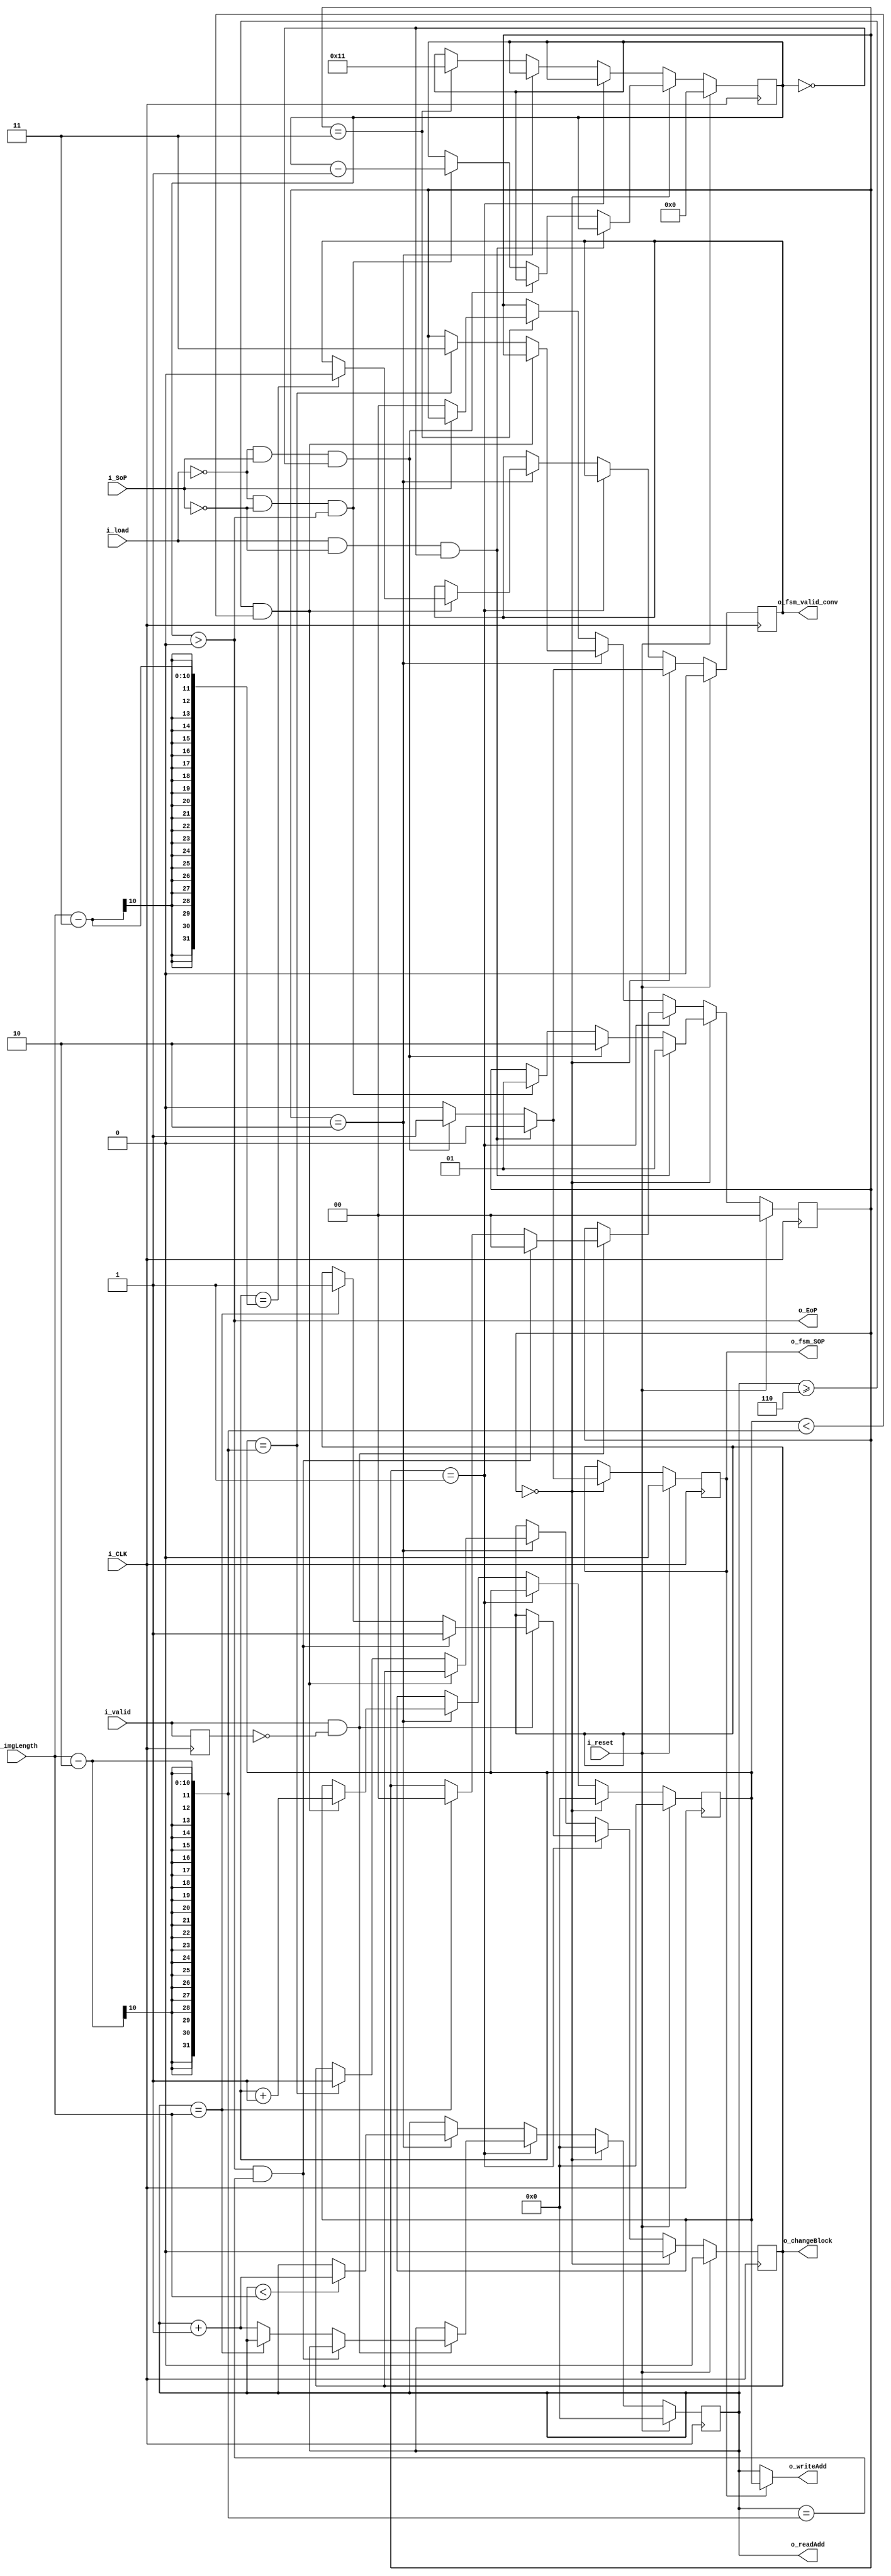
`timescale 1ns / 1ps

`define NB_ADDRESS      10
`define NB_IMAGE        10
`define NB_STATES       2
`define N_CONV          16
`define LATENCIA        6
module FSM#(
    parameter NB_ADDRESS= `NB_ADDRESS,
    parameter NB_IMAGE  = `NB_IMAGE,
    parameter NB_STATES = `NB_STATES,
    parameter  N_CONV   = `N_CONV,
    parameter  LATENCIA = `LATENCIA
    )(
    //Definicion de puertos
    output [NB_ADDRESS-1:0]  o_writeAdd,
    output [NB_ADDRESS-1:0]  o_readAdd,
    output                   o_EoP,
    output                   o_fsm_SOP,
    output                   o_changeBlock,
    output                   o_fsm_valid_conv,
    input  [NB_IMAGE-1:0]    i_imgLength,
    input                    i_CLK,
    input                    i_reset,
    input                    i_SoP,
    input                    i_valid,
    input                    i_load
    );
    //Latcheo de salidas 
    reg [NB_ADDRESS-1:0]                     counterAdd;
    reg [NB_ADDRESS-1:0]           counter_with_latency;
    reg [clog2(N_CONV)-1:0]                endOfProcess;
    //registro utulizado para el estado de carga a las memoriras
    reg                                     changeBlock;
    reg                                      sopControl;
    reg                            valid_previous_state;
    //registro utilizado para el valid de convolucionador
    reg                                      fms2conVld;
    //Ni bien se crean los registros, toman esos valores.
    reg [NB_STATES-1:0]  states;

    reg                 w_eop;  

     //Assign          
    assign     {o_writeAdd} =  (sopControl) ? counter_with_latency:counterAdd;//counterAdd;
    assign     {o_readAdd}  =  counterAdd;
    assign          {o_EoP} =  w_eop;
    assign  {o_changeBlock} =  changeBlock;
    assign  o_fsm_valid_conv    = fms2conVld;
    assign  o_fsm_SOP       = sopControl;
    
    initial begin
        counterAdd              = `NB_ADDRESS'd0;
        counter_with_latency    = `NB_ADDRESS'd0;
        endOfProcess            = `N_CONV'd0;
        changeBlock             = 1'b0;
        sopControl              = 1'b0;
        valid_previous_state    = 1'b0;
        fms2conVld              = 1'b0;
        states                  = `NB_STATES'd0;
    end        
    
    always @(posedge i_CLK) begin  
        valid_previous_state<=i_valid;
        if(i_reset)begin
            counterAdd           <= `NB_ADDRESS'd0;
            counter_with_latency <= `NB_ADDRESS'd0;
            endOfProcess         <= `N_CONV'd0;
            changeBlock          <= 1'b0;
            sopControl           <= 1'b0;
            fms2conVld           <= 1'b0;
            states               <= `NB_STATES'd0;
        end
        else begin
            if(states == 2'b00) begin
                counter_with_latency  <= `NB_ADDRESS'd0;
                counterAdd            <= `NB_ADDRESS'd0;
                changeBlock           <= 1'b0;
                if(i_load && ~i_SoP && endOfProcess==0) begin
                    //estado de carga
                    states          <= 2'b01;
                    sopControl      <= 1'b0;
                    fms2conVld      <= 1'b0;
                end
                else if(~i_load  && i_SoP && endOfProcess==0) begin
                    //estado de procesamiento
                    states <= 2'b10;
                    sopControl      <= 1'b1;
                    fms2conVld      <= 1'b1;
                end
                else if(~i_load && ~i_SoP && endOfProcess>0)begin
                    //estado de lectura
                    endOfProcess    <= endOfProcess-1;
                    states          <= 2'b01;
                    sopControl      <= 1'b0;
                    fms2conVld      <= 1'b0;
                end
                else begin
                    states          <= states;
                    sopControl      <= 1'b0;
                    fms2conVld      <= 1'b0;
                end
            end
            else if(states == 2'b01)begin
                //Manejo de direcciones en funcin del valid
                if (i_valid && !valid_previous_state) begin 
                    //Verificacin si termino de leer/cargar un bloque
                    if (endOfProcess > 0 && counterAdd==i_imgLength-2)begin
                        counterAdd      <= counterAdd;
                        changeBlock     <= 1'b1;
                        states          <= 2'b00;
                    end
                    else if (counterAdd == i_imgLength) begin
                        counterAdd      <= counterAdd;
                        changeBlock     <= 1'b1;
                        states          <= 2'b00;
                    end
                    else begin
                        counterAdd      <= counterAdd+1;
                        changeBlock     <= changeBlock;
                        states          <= states; 
                    end
                end 
                else 
                    counterAdd   <= counterAdd;
            end
            else if(states == 2'b10) begin
             
                if(counterAdd < i_imgLength)  
                    counterAdd   <= counterAdd+1;
                else 
                    counterAdd   <= counterAdd;
                //Shifteo para el write address, teniendo en cuenta la latencia.
                if(counterAdd>=LATENCIA && counter_with_latency < i_imgLength-2) begin
                    if(counter_with_latency == i_imgLength-3)begin 
                        fms2conVld              <= 1'b0;
                    end
                    counter_with_latency    <= counter_with_latency +1;
                    states                  <= states;
                end
                else if(counter_with_latency == i_imgLength-2)begin 
                    //si se llega la tamao de la imagen reseteo los contadores 
                    changeBlock     <= 1'b1;
                    counter_with_latency    <= counter_with_latency;
                    states                  <= 2'b11;
                end
                else begin
                    counter_with_latency    <= counter_with_latency;
                    states                  <= states;
                    end
            end
            else if(states == 2'b11)begin
                endOfProcess    <= N_CONV+1;
                if (~i_SoP) 
                    states  <= 2'b00;
                else 
                    states  <= states;  
            end
        end 
    end 
    //end always
    /*always @(*) begin
        w_eop = 0;
        for(nconv=0; nconv<N_CONV; nconv = nconv +1)
            w_eop = w_eop | endOfProcess[nconv];
    end*/
    always@(*)
        w_eop = endOfProcess > 0;
    
    
    function integer clog2;
        input integer   depth;
        for (clog2=0; depth>0; clog2=clog2+1)
            depth = depth >> 1;
    endfunction
endmodule